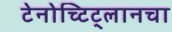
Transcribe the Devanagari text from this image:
टेनोच्टिट्लानचा